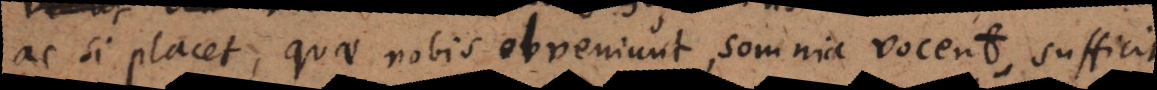
ac si placet, quae nobis obveniunt, somnia vocent, sufficit